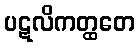
ပဋလိကတ္ထတေ